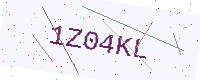
Text: 1Z04KL